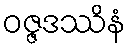
ဝဇ္ဇဒဿိနံ